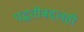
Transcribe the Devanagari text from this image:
पद्धतीबद्दलही